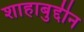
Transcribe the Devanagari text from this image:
शाहाबुद्दीन